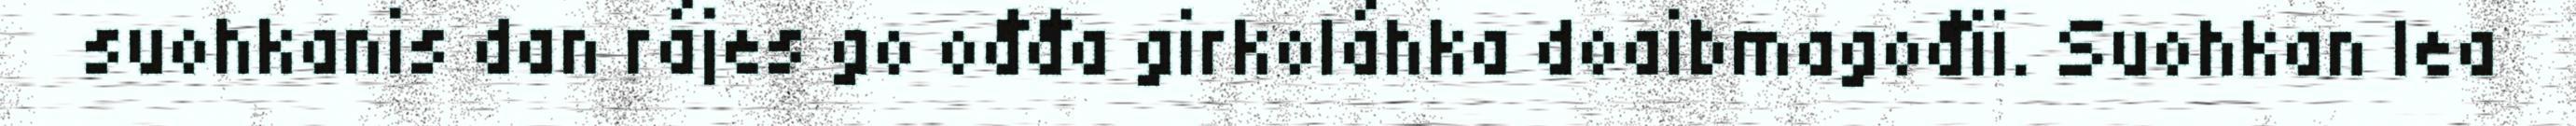
suohkanis dan rájes go ođđa girkoláhka doaibmagođii. Suohkan lea